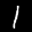
Label: 1